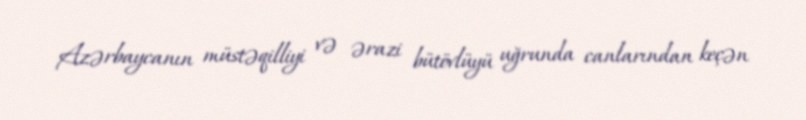
Azərbaycanın müstəqilliyi və ərazi bütövlüyü uğrunda canlarından keçən